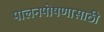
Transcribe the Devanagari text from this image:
पालनपोषणासाठी